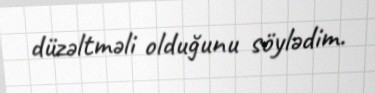
düzəltməli olduğunu söylədim.